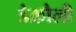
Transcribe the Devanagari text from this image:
डेक्रौली